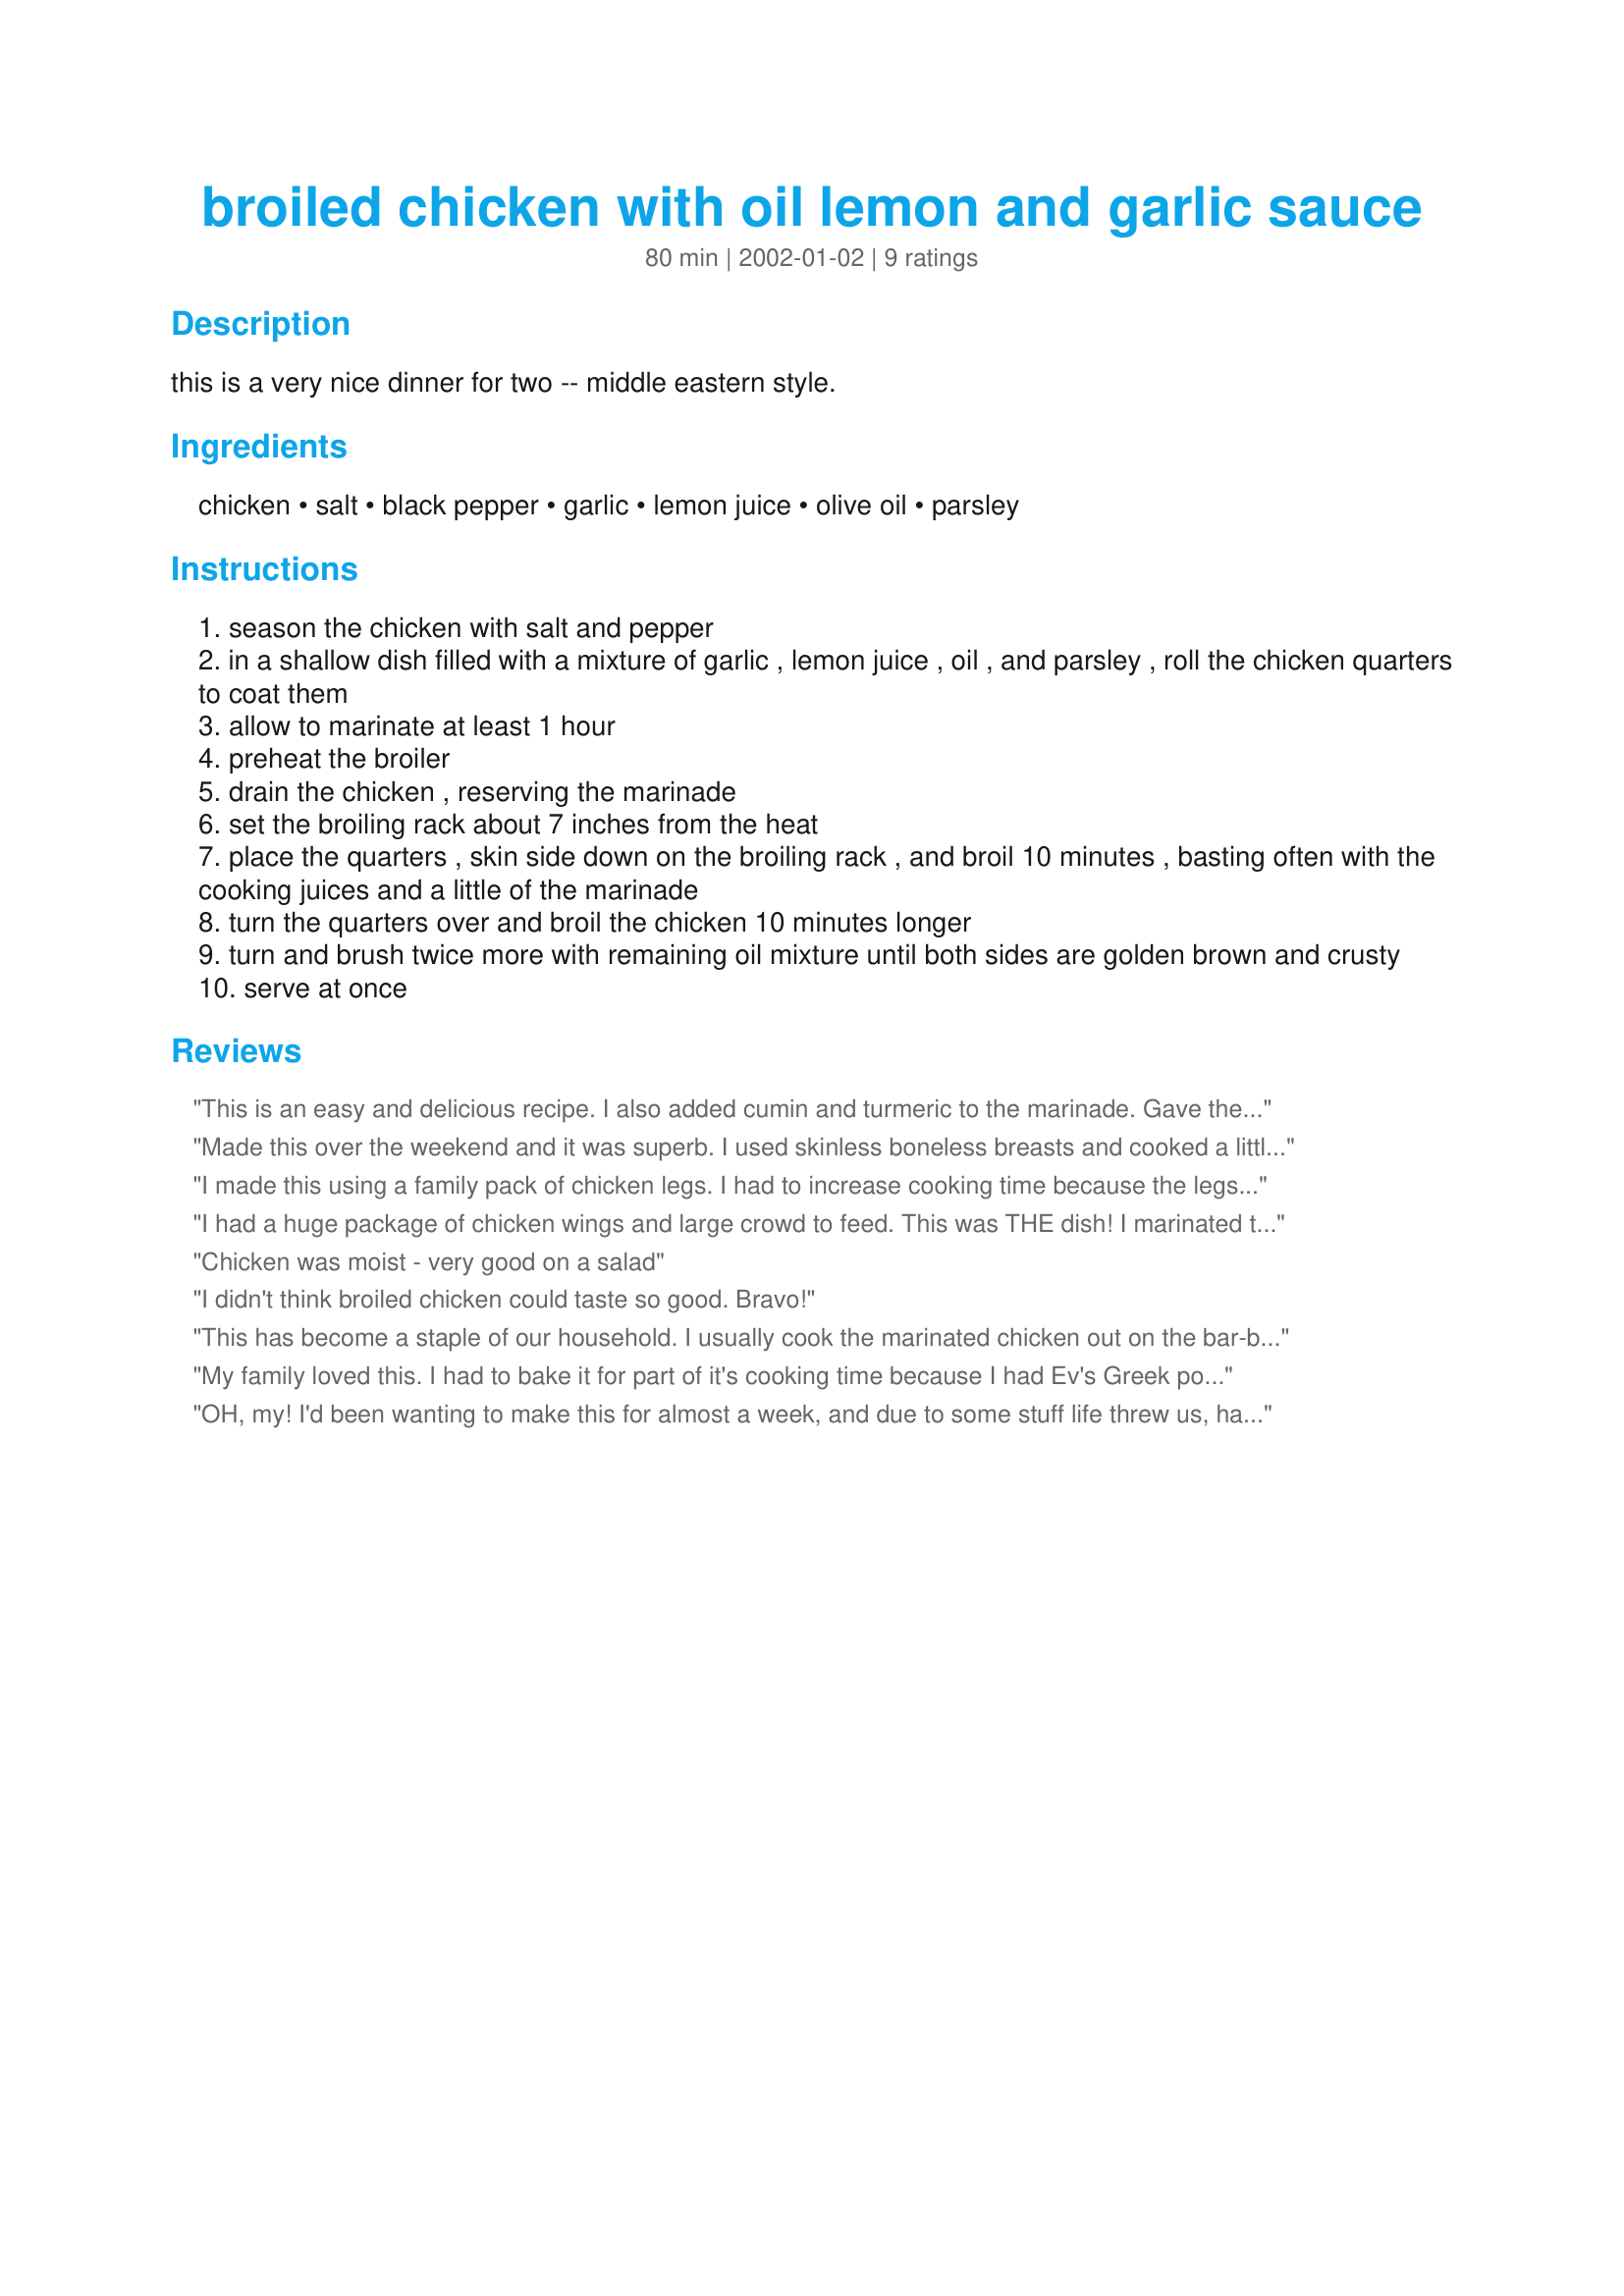
broiled chicken with oil lemon and garlic sauce
Preparation time: 80 minutes

this is a very nice dinner for two -- middle eastern style.

Ingredients:
chicken, salt, black pepper, garlic, lemon juice, olive oil, parsley

Steps:
season the chicken with salt and pepper
in a shallow dish filled with a mixture of garlic , lemon juice , oil , and parsley , roll the chicken quarters to coat them
allow to marinate at least 1 hour
preheat the broiler
drain the chicken , reserving the marinade
set the broiling rack about 7 inches from the heat
place the quarters , skin side down on the broiling rack , and broil 10 minutes , basting often with the cooking juices and a little of the marinade
turn the quarters over and broil the chicken 10 minutes longer
turn and brush twice more with remaining oil mixture until both sides are golden brown and crusty
serve at once

Reviews:
This is an easy and delicious recipe. I also added cumin and turmeric to the marinade. Gave the chicken beautiful color and added flavor.
Made this over the weekend and it was superb. I used skinless boneless breasts and cooked a little too long, but it was still very, very tasty. Next time I will use pieces but I used what was on hand this time. Heated up leftovers for a scrumptious chicken sandwich the next day. Will be a regular staple at our house. Thx Mirj for another great recipe!
I made this using a family pack of chicken legs. I had to increase cooking time because the legs were so big. These turned out wonderful and they were so moist. The recipe is easy and quick. The fresh squeezed lemon was great and not over-powering like the bottled stuff. It reheated pretty great (I made them for the Sabbath) but they were better fresh out of the oven. I will definitely make them again. I did use more garlic just because I love it. Thanks for the recipe.
I had a huge package of chicken wings and large crowd to feed. This was THE dish! I marinated the wings for 12 hours in the lemon juice, garlic, pepper and olive oil, then baked them at 350 degrees F for one hour. Awesome blend of flavors. Even my DH who has had enough chicken to sprout feathers himself enjoyed these tremendously and looks forward to an encore! Thanks, Mirj!
Chicken was moist - very good on a salad
I didn't think broiled chicken could taste so good. Bravo!
This has become a staple of our household. I usually cook the marinated chicken out on the bar-b-que. We LOVE it!
My family loved this. I had to bake it for part of it's cooking time because I had Ev's Greek potatoes going in the oven at the same time. Once those were done, I turned the oven to broil and broiled for the rest of the cooking time. We had roasted asparagus as a side. Excellent dinner, thanks Mirj!
OH, my! I'd been wanting to make this for almost a week, and due to some stuff life threw us, had the chicken marinated, but had to freeze it, and then thaw it to be cooked. Therefore, it marinated about 1 1/2 days before it was frozen. I made it exactly as directly, and since I had to thaw it, and it was still frozen in spots, I cooked it a bit longer (probably about 1 more turn, or 19-15 minutes longer). Boy, was it ever exceptional! It was moist, crispy, and totally infused with the garlic and lemon flavors. We had it simply, with corn and biscuts, and I can hardly wait to take the leftovers to work for lunch tomorrow. I thought this was incredibly easy (we broiled it rather than grilled it, as I'd thought we would). Just wonderful, Mirj! DH said "spectacular" when I asked him what he thought. He's already asked for a repeat this weekend - the hallmark of a wonderful recipe to us!
